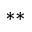
^ { \ast \ast }